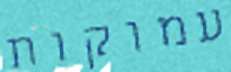
עמוקות